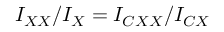
I _ { X X } / I _ { X } = I _ { C X X } / I _ { C X }